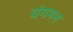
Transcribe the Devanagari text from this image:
यंगमन